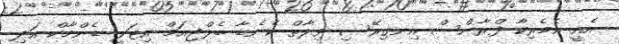
އެއީ އެމެރިކާ ފްރާންސް އިނގިރޭސި ވިލާތް ކެނެޑާ ބެލްޖިއަމް އިޓަލީ ޑެންމާކް އަދި